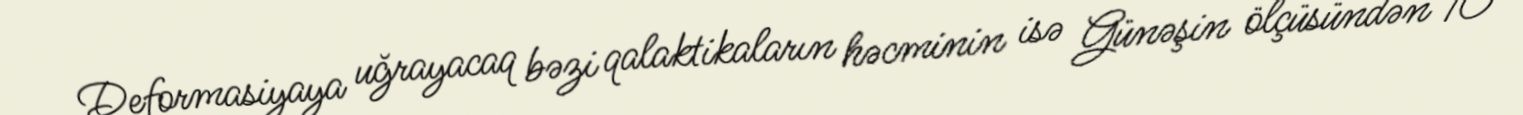
Deformasiyaya uğrayacaq bəzi qalaktikaların həcminin isə Günəşin ölçüsündən 10